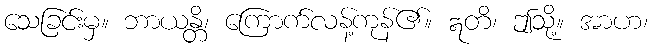
သေခြင်းမှ။ ဘာယန္တိ၊ ကြောက်လန့်ကုန်၏။ ဣတိ၊ ဤသို့။ အာဟ၊